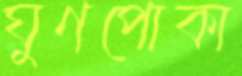
ঘুণপোকা